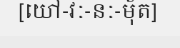
[យៅ-វៈ-នៈ-ម៉័ត]